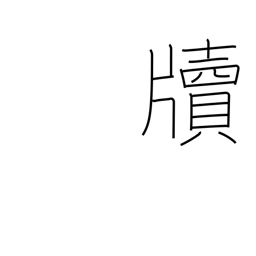
Meaning: letter